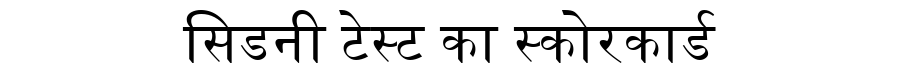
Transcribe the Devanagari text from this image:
सिडनी टेस्ट का स्कोरकार्ड